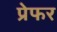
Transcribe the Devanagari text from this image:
प्रेफर